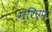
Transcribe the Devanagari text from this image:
गरिएप